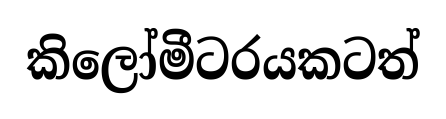
කිලෝමීටරයකටත්